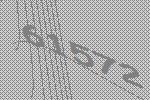
61572